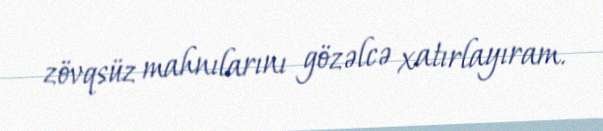
zövqsüz mahnılarını gözəlcə xatırlayıram.